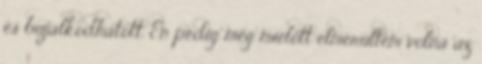
és bujálkodhatott. Én pedig még mielőtt elmerültem volna az